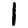
Digit: 1